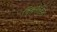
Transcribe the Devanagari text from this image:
विकोडित